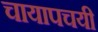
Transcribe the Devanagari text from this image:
चायापचयी